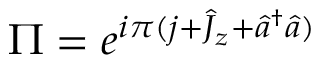
\Pi = e ^ { i \pi ( j + \hat { J } _ { z } + \hat { a } ^ { \dagger } \hat { a } ) }